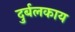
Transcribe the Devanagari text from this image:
दुर्बलकाय